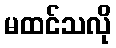
မထင်သလို